Quinine and its salts - Number 41
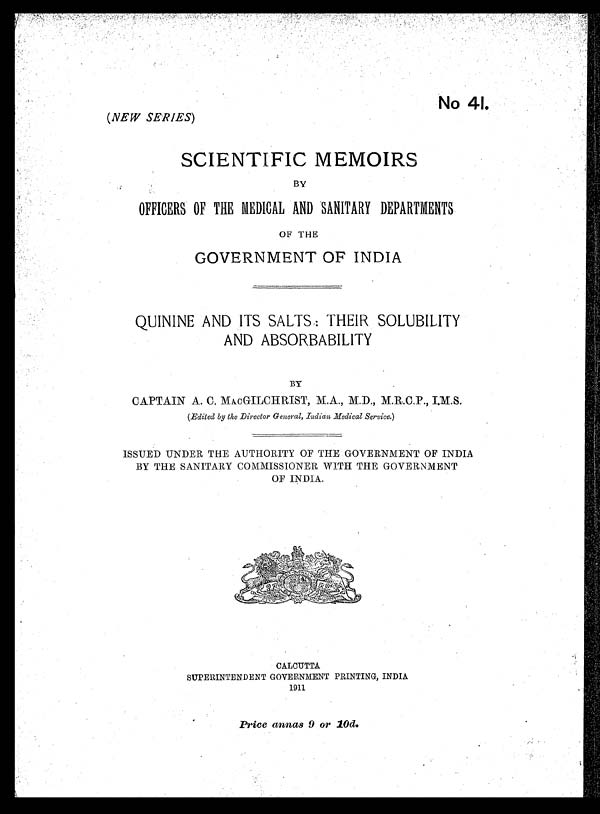
No 41.
(NEW SERIES)
SCIENTIFIC MEMOIRS
BY
OFFICERS OF THE MEDICAL AND SANITARY DEPARTMENTS
OF THE
GOVERNMENT OF INDIA
QUININE AND ITS SALTS : THEIR SOLUBILITY
AND ABSORBABILITY
BY
CAPTAIN A. C. MAcGILCHRIST, M.A., M.D., M.R.C.P., I.M.S.
(Edited by the Director General, Indian Medical Service. )
ISSUED 'UNDER THE AUTHORITY OF THE GOVERNMENT OF INDIA
BY THE SANITARY COMMISSIONER WITH THE GOVERNMENT
OF INDIA.
CALCUTTA
CALCUTTA
SUPERINTENDENT GOVERNMENT PRINTING, INDIA
1911
Price annas 9 or 10d.